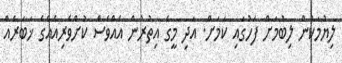
ލިޔުމަކުން ލިބުމަށް ފަހުގައި ކަމަށް. އަދި މީގެ އިތުރުން އެެއްވެސް ކުށްވެރިއެއްގެ ޚަބަރެއް